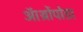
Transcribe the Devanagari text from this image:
ऑर्थ्रोपोडा